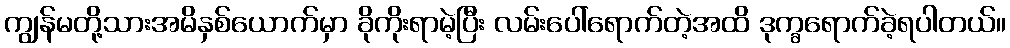
ကျွန်မတို့သားအမိနှစ်ယောက်မှာ ခိုကိုးရာမဲ့ပြီး လမ်းပေါ်ရောက်တဲ့အထိ ဒုက္ခရောက်ခဲ့ရပါတယ်။